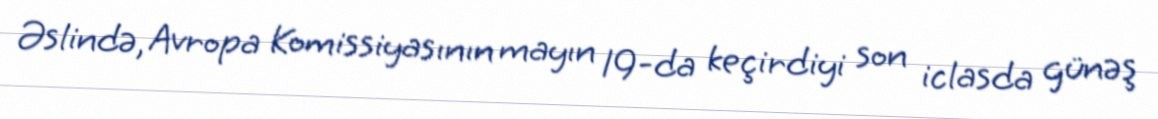
Əslində, Avropa Komissiyasının mayın 19-da keçirdiyi son iclasda günəş